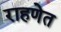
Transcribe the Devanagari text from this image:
राहणेत